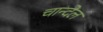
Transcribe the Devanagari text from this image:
चान्देल